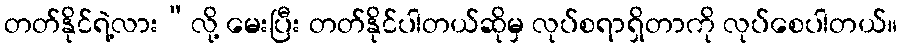
တတ်နိုင်ရဲ့လား”လို့ မေးပြီး တတ်နိုင်ပါတယ်ဆိုမှ လုပ်စရာရှိတာကို လုပ်စေပါတယ်။